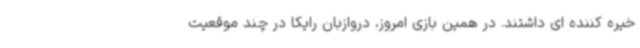
خیره کننده ای داشتند. در همین بازی امروز، دروازبان رایکا در چند موقعیت